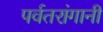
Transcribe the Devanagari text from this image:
पर्वतरांगानी